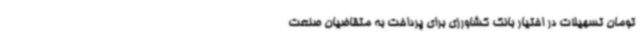
تومان تسهیلات در اختیار بانک کشاورزی برای پرداخت به متقاضیان صنعت